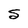
Character: S